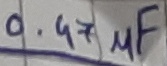
Text: 0.47µF